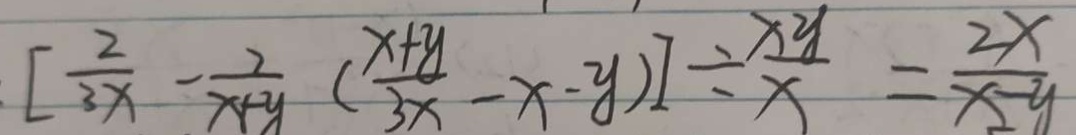
[ \frac { 2 } { 3 x } - \frac { 2 } { x + y } ( \frac { x + y } { 3 x } - x - y ) ] \div \frac { x y } { x } = \frac { 2 x } { x - y }